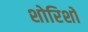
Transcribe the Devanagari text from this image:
शोरिशों